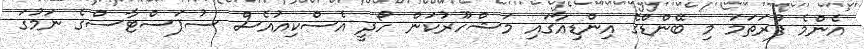
އެންމެ ފުރަތަމަ މި ބޭންޑްގެ އިންޑިއާގައި މަޝްހޫރުކަން ހޯދީ އެސްކިއުއެސް ސުޕަސްޓާސްގެ ނަމުގަ